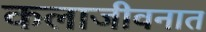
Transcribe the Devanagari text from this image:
कलाजीवनात